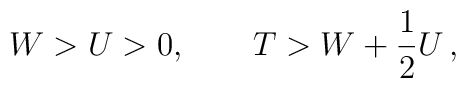
W>U>0,\qquad T>W+\frac{1}{2}U\, ,